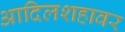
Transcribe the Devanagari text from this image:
आदिलशहावर